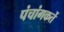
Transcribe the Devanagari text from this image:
पंचांगकर्ते